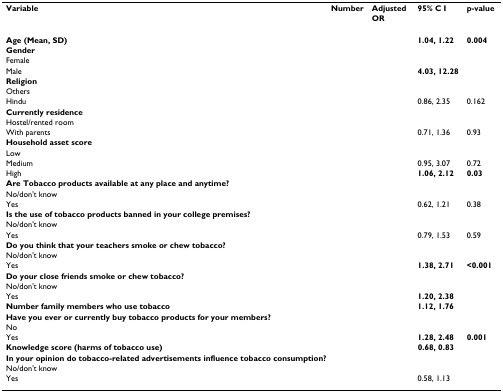
<table><thead><tr><td><b>Variable</b></td><td><b>Number</b></td><td><b>Adjusted OR</b></td><td><b>95% C I</b></td><td><b>p-value</b></td></tr></thead><tbody><tr><td><b>Age (Mean, SD)</b></td><td>[EMPTY_CELL]</td><td>[EMPTY_CELL]</td><td><b>1.04, 1.22</b></td><td><b>0.004</b></td></tr><tr><td colspan="5"><b>Gender</b></td></tr><tr><td>Female</td><td>[EMPTY_CELL]</td><td>[EMPTY_CELL]</td><td>[EMPTY_CELL]</td><td>[EMPTY_CELL]</td></tr><tr><td>Male</td><td>[EMPTY_CELL]</td><td>[EMPTY_CELL]</td><td><b>4.03, 12.28</b></td><td>[EMPTY_CELL]</td></tr><tr><td colspan="5"><b>Religion</b></td></tr><tr><td>Others</td><td>[EMPTY_CELL]</td><td>[EMPTY_CELL]</td><td>[EMPTY_CELL]</td><td>[EMPTY_CELL]</td></tr><tr><td>Hindu</td><td>[EMPTY_CELL]</td><td>[EMPTY_CELL]</td><td>0.86, 2.35</td><td>0.162</td></tr><tr><td colspan="5"><b>Currently residence</b></td></tr><tr><td>Hostel/rented room</td><td>[EMPTY_CELL]</td><td>[EMPTY_CELL]</td><td>[EMPTY_CELL]</td><td>[EMPTY_CELL]</td></tr><tr><td>With parents</td><td>[EMPTY_CELL]</td><td>[EMPTY_CELL]</td><td>0.71, 1.36</td><td>0.93</td></tr><tr><td colspan="5"><b>Household asset score</b></td></tr><tr><td>Low</td><td>[EMPTY_CELL]</td><td>[EMPTY_CELL]</td><td>[EMPTY_CELL]</td><td>[EMPTY_CELL]</td></tr><tr><td>Medium</td><td>[EMPTY_CELL]</td><td>[EMPTY_CELL]</td><td>0.95, 3.07</td><td>0.72</td></tr><tr><td>High</td><td>[EMPTY_CELL]</td><td>[EMPTY_CELL]</td><td><b>1.06, 2.12</b></td><td><b>0.03</b></td></tr><tr><td colspan="5"><b>Are Tobacco products available at any place and anytime?</b></td></tr><tr><td>No/don't know</td><td>[EMPTY_CELL]</td><td>[EMPTY_CELL]</td><td>[EMPTY_CELL]</td><td>[EMPTY_CELL]</td></tr><tr><td>Yes</td><td>[EMPTY_CELL]</td><td>[EMPTY_CELL]</td><td>0.62, 1.21</td><td>0.38</td></tr><tr><td colspan="5"><b>Is the use of tobacco products banned in your college premises?</b></td></tr><tr><td>No/don't know</td><td>[EMPTY_CELL]</td><td>[EMPTY_CELL]</td><td>[EMPTY_CELL]</td><td>[EMPTY_CELL]</td></tr><tr><td>Yes</td><td>[EMPTY_CELL]</td><td>[EMPTY_CELL]</td><td>0.79, 1.53</td><td>0.59</td></tr><tr><td colspan="5"><b>Do you think that your teachers smoke or chew tobacco?</b></td></tr><tr><td>No/don't know</td><td>[EMPTY_CELL]</td><td>[EMPTY_CELL]</td><td>[EMPTY_CELL]</td><td>[EMPTY_CELL]</td></tr><tr><td>Yes</td><td>[EMPTY_CELL]</td><td>[EMPTY_CELL]</td><td><b>1.38, 2.71</b></td><td><b>&lt;0.001</b></td></tr><tr><td colspan="5"><b>Do your close friends smoke or chew tobacco?</b></td></tr><tr><td>No/don't know</td><td>[EMPTY_CELL]</td><td>[EMPTY_CELL]</td><td>[EMPTY_CELL]</td><td>[EMPTY_CELL]</td></tr><tr><td>Yes</td><td>[EMPTY_CELL]</td><td>[EMPTY_CELL]</td><td><b>1.20, 2.38</b></td><td>[EMPTY_CELL]</td></tr><tr><td><b>Number family members who use tobacco</b></td><td>[EMPTY_CELL]</td><td>[EMPTY_CELL]</td><td><b>1.12, 1.76</b></td><td>[EMPTY_CELL]</td></tr><tr><td colspan="5"><b>Have you ever or currently buy tobacco products for your members?</b></td></tr><tr><td>No</td><td>[EMPTY_CELL]</td><td>[EMPTY_CELL]</td><td>[EMPTY_CELL]</td><td>[EMPTY_CELL]</td></tr><tr><td>Yes</td><td>[EMPTY_CELL]</td><td>[EMPTY_CELL]</td><td><b>1.28, 2.48</b></td><td><b>0.001</b></td></tr><tr><td><b>Knowledge score (harms of tobacco use)</b></td><td>[EMPTY_CELL]</td><td>[EMPTY_CELL]</td><td><b>0.68, 0.83</b></td><td>[EMPTY_CELL]</td></tr><tr><td colspan="5"><b>In your opinion do tobacco-related advertisements influence tobacco consumption?</b></td></tr><tr><td>No/don't know</td><td>[EMPTY_CELL]</td><td>[EMPTY_CELL]</td><td>[EMPTY_CELL]</td><td>[EMPTY_CELL]</td></tr><tr><td>Yes</td><td>[EMPTY_CELL]</td><td>[EMPTY_CELL]</td><td>0.58, 1.13</td><td>[EMPTY_CELL]</td></tr></tbody></table>